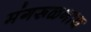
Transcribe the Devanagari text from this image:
मंगरूळनाथ